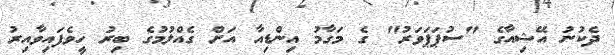
ދެކުނު އޭޝިއާގެ "ސުޕަޕަވަރު" ގެ މަގާމު އިންޑިއާ އަށް ގެއްލުމުގެ ބިރު ހީވެފައިވާއިރު